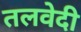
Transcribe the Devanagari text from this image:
तलवेदी